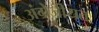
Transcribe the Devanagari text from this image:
अंग्रेजीयत